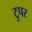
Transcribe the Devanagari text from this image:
टुपर